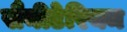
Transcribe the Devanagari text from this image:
सैनीटेरियम